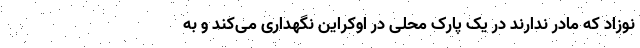
نوزاد که مادر ندارند در یک پارک محلی در اوکراین نگهداری می‌کند و به